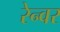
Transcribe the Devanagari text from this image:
रेन्वर